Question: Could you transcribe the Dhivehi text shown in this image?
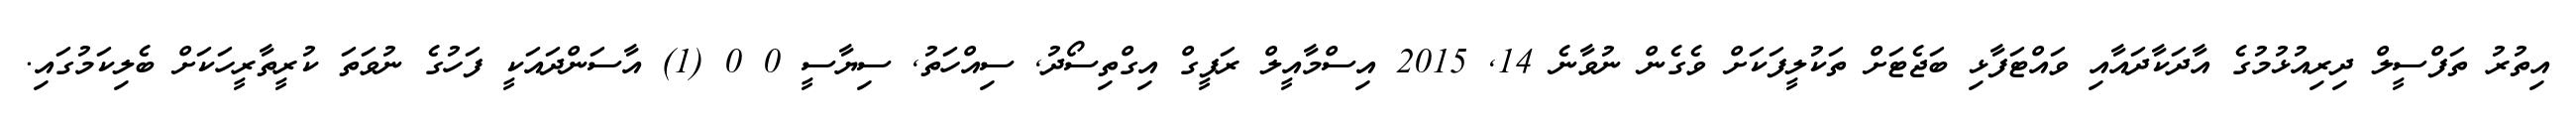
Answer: އިތުރު ތަފްސީލް ދިރިއުޅުމުގެ އާދަކާދައާއި ވައްޓަފާޅި ބަޖެޓަށް ތަކުލީފަކަށް ވެގެން ނުވާނެ 14, 2015 އިސްމާއީލް ރަފީގް އިގްތިސޯދު, ސިއްހަތު, ސިޔާސީ 0 0 (1) އާސަންދައަކީ ފަހުގެ ނުވަތަ ކުރީތާރީހަކަށް ބެލިކަމުގައި.